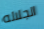
الجلاله